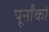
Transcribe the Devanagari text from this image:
पूर्नांकों